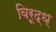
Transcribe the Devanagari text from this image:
विरूद्ध्